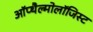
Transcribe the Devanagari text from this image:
ऑप्थैल्मोलॉजिस्ट